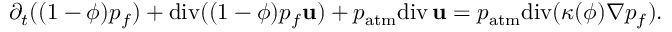
\partial _ { t } ( ( 1 - \phi ) p _ { f } ) + \mathrm { d i v } ( ( 1 - \phi ) p _ { f } { \bf u } ) + p _ { \mathrm { a t m } } \mathrm { d i v } \, { \bf u } = p _ { \mathrm { a t m } } \mathrm { d i v } ( \kappa ( \phi ) \nabla p _ { f } ) .